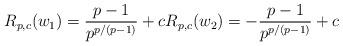
LaTeX: \begin{align*}R_{p,c}(w_1) = \dfrac{p-1}{p^{p/(p-1)}} + c R_{p,c}(w_2) = -\dfrac{p-1}{p^{p/(p-1)}} + c\end{align*}